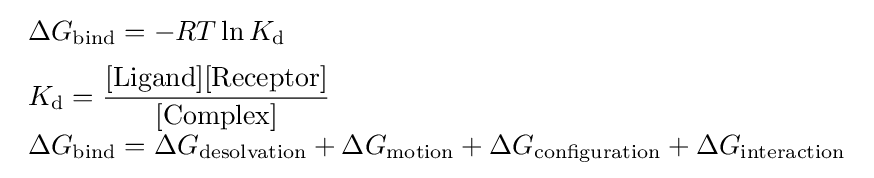
{\begin{array}{lll}\Delta G_{\text{bind}}=-RT\ln K_{\text{d}}\\[1.3ex]K_{\text{d}}={\dfrac {[{\text{Ligand}}][{\text{Receptor}}]}{[{\text{Complex}}]}}\\[1.3ex]\Delta G_{\text{bind}}=\Delta G_{\text{desolvation}}+\Delta G_{\text{motion}}+\Delta G_{\text{configuration}}+\Delta G_{\text{interaction}}\end{array}}